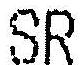
SR